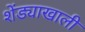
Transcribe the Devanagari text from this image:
शेंड्याखाली